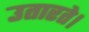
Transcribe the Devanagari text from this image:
उतारते।